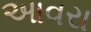
આવરા